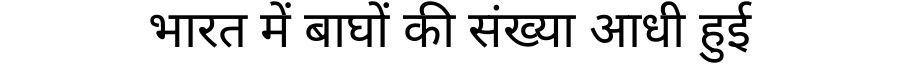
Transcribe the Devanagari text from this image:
भारत में बाघों की संख्या आधी हुई